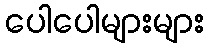
ပေါပေါများများ